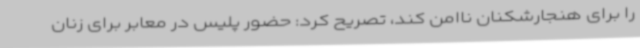
را برای هنجارشکنان ناامن کند، تصریح کرد: حضور پلیس در معابر برای زنان